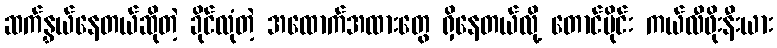
ဆက်နွှယ်နေတယ်ဆိုတဲ့ ခိုင်လုံတဲ့ အထောက်အထားတွေ ရှိနေတယ်လို့ တောင်ပိုင်း ကယ်လီဖိုးနီးယား